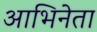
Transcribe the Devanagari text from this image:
आभिनेता